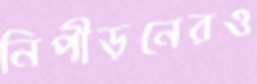
নিপীড়নেরও